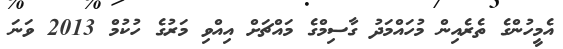
އެމީހުންގެ ތެރެއިން މުހައްމަދު ގާސިމްގެ މައްޗަށް އިއްވި މަރުގެ ހުކުމް 2013 ވަނަ